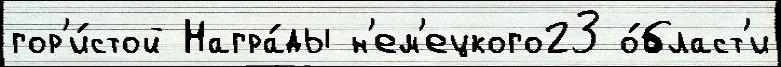
гор'и́стой Награ́ды н'ем'ецкого23 о́бласт'и